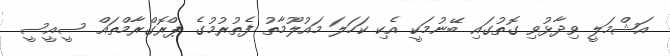
އަޝްމަލީ ވިދާޅުވި ގޮތުގައި ބޭނުމަކީ އެކި ކަހަލަ މައުލޫމާތު ފެތުރުމުގެ ޕްރޮގްރާމްތައް ސީއީސީ